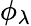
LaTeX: \phi_{\lambda}